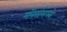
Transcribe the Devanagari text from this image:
मॅनर्समध्ये